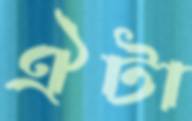
ঐটা